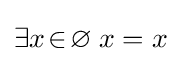
\exists x\!\in \!\varnothing \;x=x